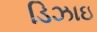
ડિઝાઇ